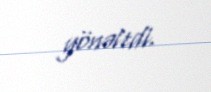
yönəltdi.